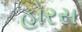
હોરસ